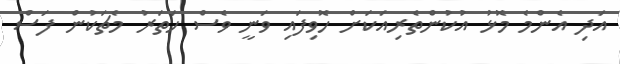
އަދި އެންމެ މޮޅު އުކުންތެރިއަކަށް ހޮވިފައި ވަނީ ވެސް ހަތަރު މެޗަކުން ފަސް